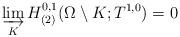
LaTeX: \begin{align*}\varinjlim_K H_{(2)}^{0,1}(\Omega\setminus K;T^{1,0})=0\end{align*}